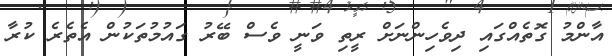
އާންމު ގޮތެއްގައި ދިވެހިންނަށް ރީތި ވަނީ ވެސް ބޭރު ގައުމުތަކުން އެތެރެ ކުރާ